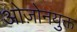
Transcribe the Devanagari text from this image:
ओज़ोनयुक्त